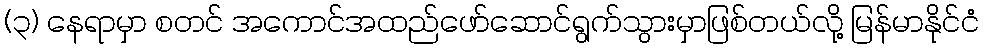
(၃) နေရာမှာ စတင် အကောင်အထည်ဖော်ဆောင်ရွက်သွားမှာဖြစ်တယ်လို့ မြန်မာနိုင်ငံ